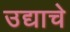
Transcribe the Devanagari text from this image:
उद्याचे